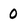
Character: 0